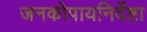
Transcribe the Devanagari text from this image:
जनकोपायनिर्देष्टा